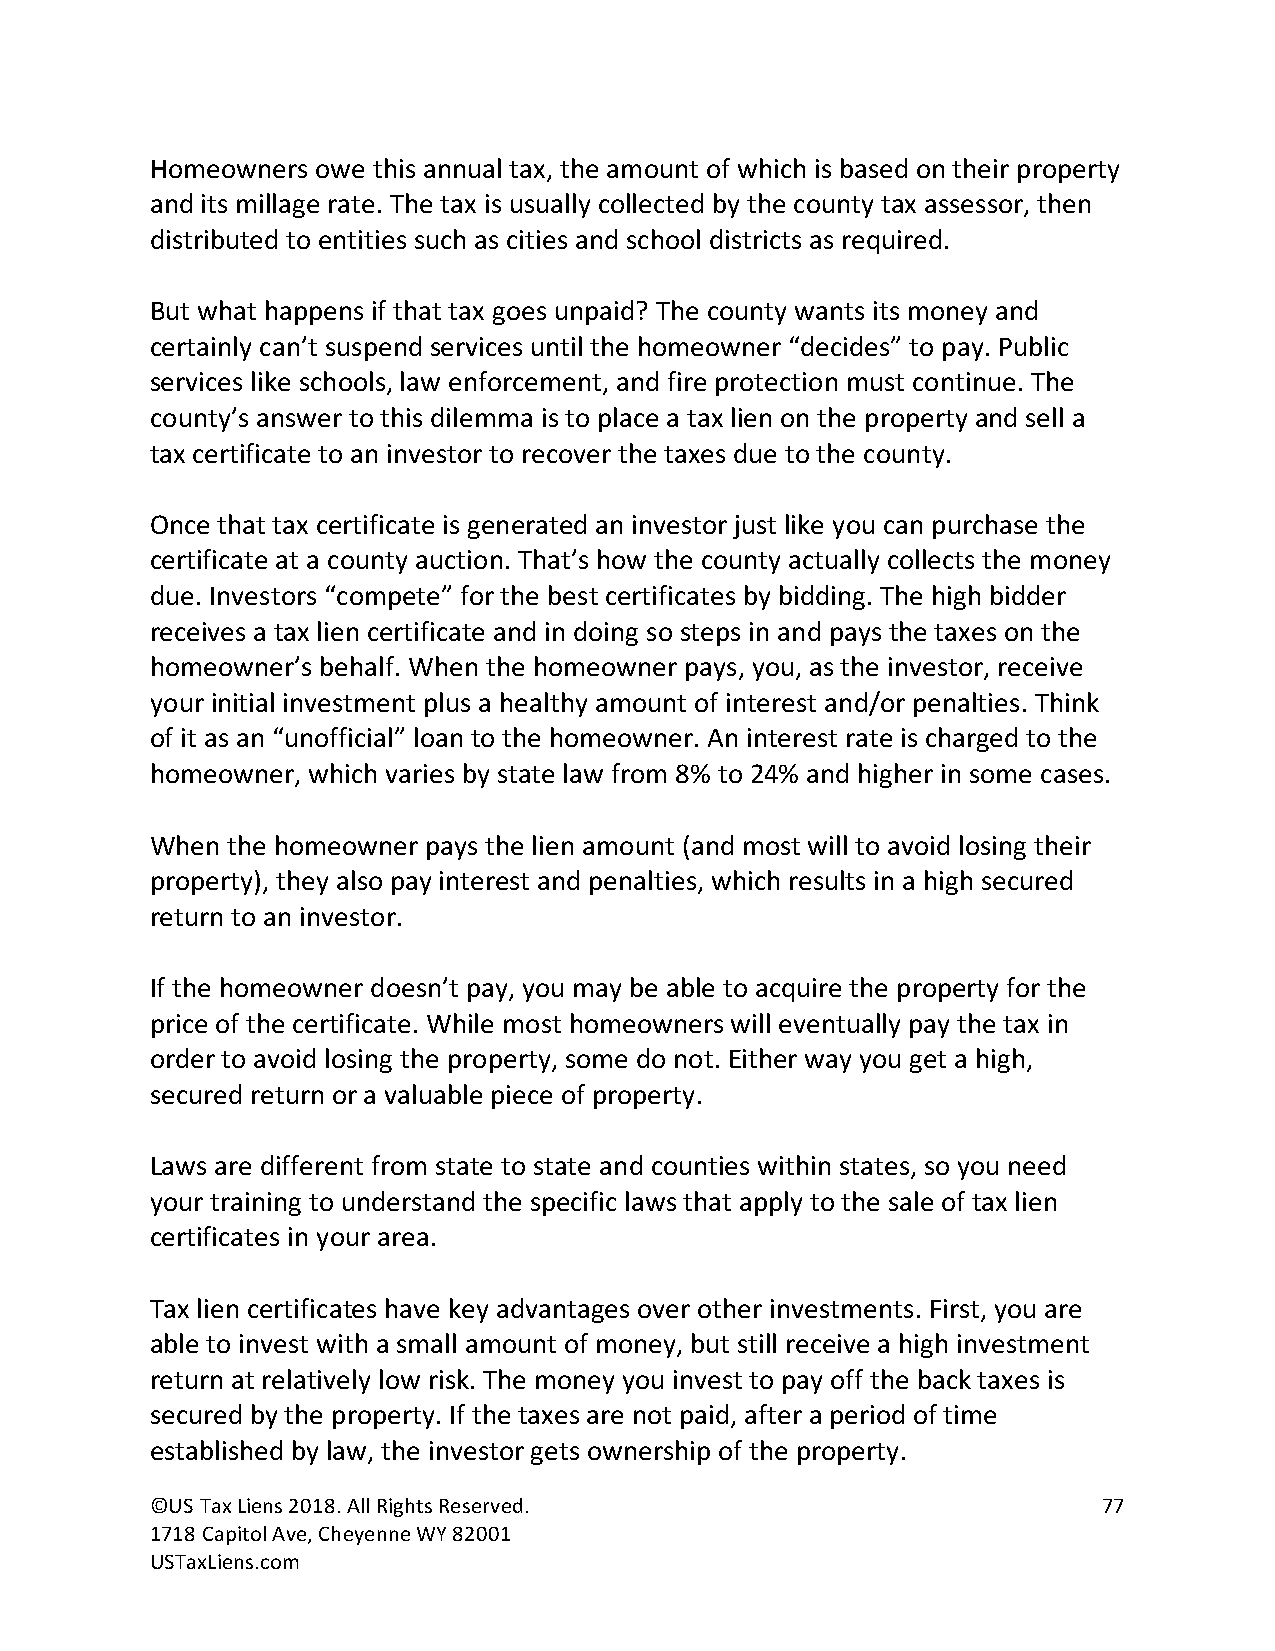
Homeowners owe this annual tax, the amount of which is based on their property
 and its millage rate. The tax is usually collected by the county tax assessor, then
 distributed to entities such as cities and school districts as required.
 But what happens if that tax goes unpaid? The county wants its money and
 certainly can’t suspend services until the homeowner “decides” to pay. Public
 services like schools, law enforcement, and fire protection must continue. The
 county’s answer to this dilemma is to place a tax lien on the property and sell a
 tax certificate to an investor to recover the taxes due to the county.
 Once that tax certificate is generated an investor just like you can purchase the
 certificate at a county auction. That’s how the county actually collects the money
 due. Investors “compete” for the best certificates by bidding. The high bidder
 receives a tax lien certificate and in doing so steps in and pays the taxes on the
 homeowner’s behalf. When the homeowner pays, you, as the investor, receive
 your initial investment plus a healthy amount of interest and/or penalties. Think
 of it as an “unofficial” loan to the homeowner. An interest rate is charged to the
 homeowner, which varies by state law from 8% to 24% and higher in some cases.
 When the homeowner pays the lien amount (and most will to avoid losing their
 property), they also pay interest and penalties, which results in a high secured
 return to an investor.
 If the homeowner doesn’t pay, you may be able to acquire the property for the
 price of the certificate. While most homeowners will eventually pay the tax in
 order to avoid losing the property, some do not. Either way you get a high,
 secured return or a valuable piece of property.
 Laws are different from state to state and counties within states, so you need
 your training to understand the specific laws that apply to the sale of tax lien
 certificates in your area.
 Tax lien certificates have key advantages over other investments. First, you are
 able to invest with a small amount of money, but still receive a high investment
 return at relatively low risk. The money you invest to pay off the back taxes is
 secured by the property. If the taxes are not paid, after a period of time
 established by law, the investor gets ownership of the property.
 ©US Tax Liens 2018. All Rights Reserved.                       77
 1718 Capitol Ave, Cheyenne WY 82001
 USTaxLiens.com